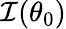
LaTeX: \mathcal{I}(\theta_{0})